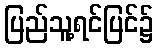
ပြည်သူ့ရင်ပြင်၌